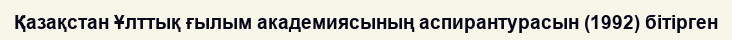
Қазақстан Ұлттық ғылым академиясының аспирантурасын (1992) бітірген